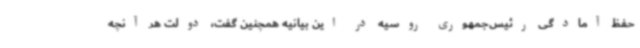
حفظ آمادگی رئیس‌جمهوری روسیه در این بیانیه همچنین گفت، دولت هر آنچه